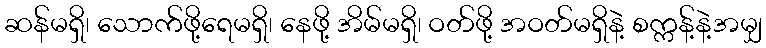
ဆန်မရှိ၊ သောက်ဖို့ရေမရှိ၊ နေဖို့ အိမ်မရှိ၊ ဝတ်ဖို့ အဝတ်မရှိနဲ့ စက္ကန့်နဲ့အမျှ